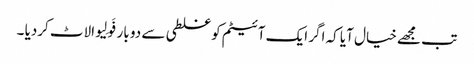
تب مجھے خیال آیا کہ اگر ایک آئیٹم کو غلطی سے دو بار فَولِیو الاٹ کردیا ۔